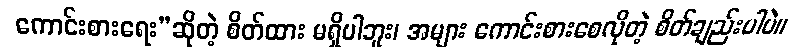
ကောင်းစားရေး”ဆိုတဲ့ စိတ်ထား မရှိပါဘူး၊ အများ ကောင်းစားစေလိုတဲ့ စိတ်ချည်းပါပဲ။